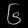
Digit: ၆